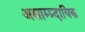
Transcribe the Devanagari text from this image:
असाम्प्र्दायिक